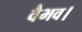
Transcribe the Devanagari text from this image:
वैभव।